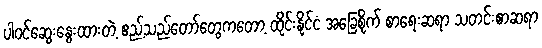
ပါဝင်ဆွေးနွေးထားတဲ့ ဧည့်သည်တော်တွေကတော့ ထိုင်းနိုင်ငံ အခြေစိုက် စာရေးဆရာ သတင်းစာဆရာ